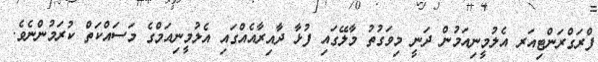
ފްރަގްރަންޓިއަރ އެލުމީނިއަމުން ދަނީ މިވަގުތު މާލޭގައި ފުޅާ ދާއިރާއެއްގައި އެލުމީނިއަމްގެ މަސައްކަތް ކުރަމުންނެވެ.